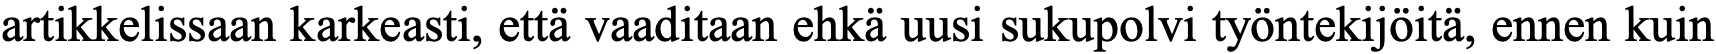
artikkelissaan karkeasti, että vaaditaan ehkä uusi sukupolvi työntekijöitä, ennen kuin